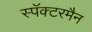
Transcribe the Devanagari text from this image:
स्पॅक्टरमैन